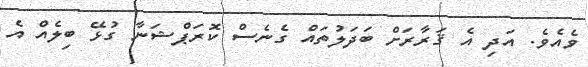
ވެއެވެ. އަދި އެ ޤަރާރަށް ބަދަލުތައް ގެނެސް ކޮރަޕްޝަނާ ގުޅޭ ބިލެއް އެ